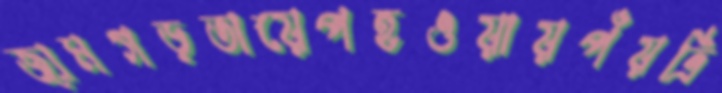
জামগড়তায়েপহওয়ায়পঁয়ত্রি